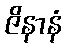
ဇိနာနံ